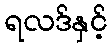
ရလဒ်နှင့်